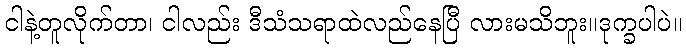
ငါနဲ့တူလိုက်တာ၊ ငါလည်း ဒီသံသရာထဲလည်နေပြီ လားမသိဘူး။ဒုက္ခပါပဲ။